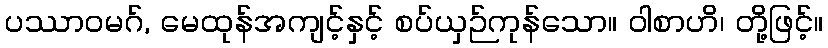
ပဿာဝမဂ်, မေထုန်အကျင့်နှင့် စပ်ယှဉ်ကုန်သော။ ဝါစာဟိ၊ တို့ဖြင့်။